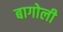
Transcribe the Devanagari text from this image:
बागोली